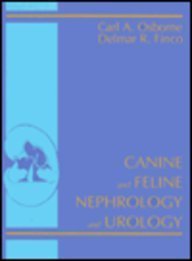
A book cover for Canine and Feline Nephrology and Urology; Carl A. Osborne; Medical Books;